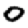
Digit: 0